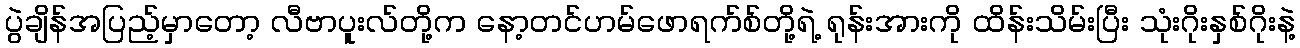
ပွဲချိန်အပြည့်မှာတော့ လီဗာပူးလ်တို့က နော့တင်ဟမ်ဖောရက်စ်တို့ရဲ့ ရုန်းအားကို ထိန်းသိမ်းပြီး သုံးဂိုးနှစ်ဂိုးနဲ့